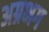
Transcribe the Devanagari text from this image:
अग्रभग